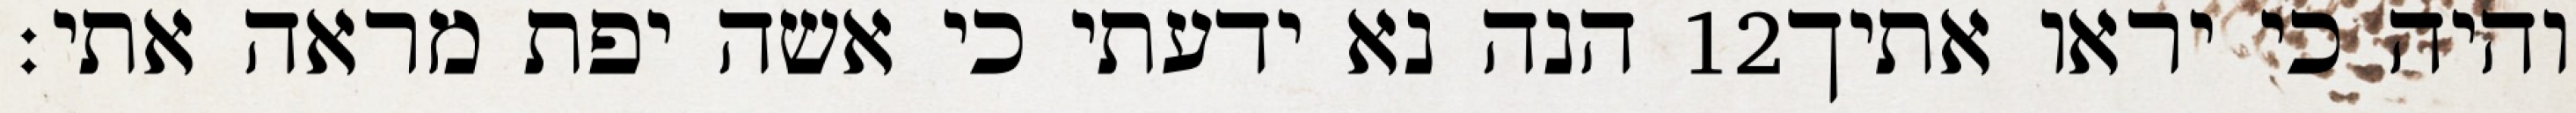
הנה נא ידעתי כי אשה יפת מראה אתי׃ ‎12‏ והיה כי יראו אתיך